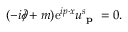
( - i \partial \! \! \! / + m ) \mathrm { e } ^ { i p \cdot x } u _ { \textbf { p } } ^ { s } = 0 .